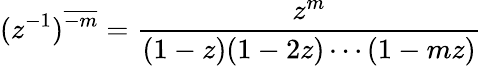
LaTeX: (z^{-1})^{\overline{{-m}}}={\frac{z^{m}}{(1-z)(1-2z)\cdots(1-mz)}}